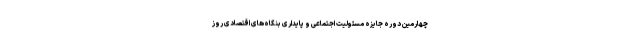
چهارمین دوره جایزه مسئولیت اجتماعی و پایداری بنگاه‌های اقتصادی روز